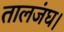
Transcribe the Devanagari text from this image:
तालजंघ।